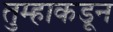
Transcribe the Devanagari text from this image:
तुम्हाकडून